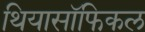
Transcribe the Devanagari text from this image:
थियासॉफिकल